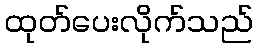
ထုတ်ပေးလိုက်သည်